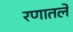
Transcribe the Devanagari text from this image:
रणातले